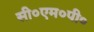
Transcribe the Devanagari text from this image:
सी०एम०पी०